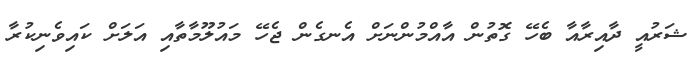
ޝަރުއީ ދާއިރާއާ ބެހޭ ގޮތުން އާއްމުންނަށް އެނގެން ޖެހޭ މައުލޫމާތާއި އަލަށް ކައިވެނިކުރާ